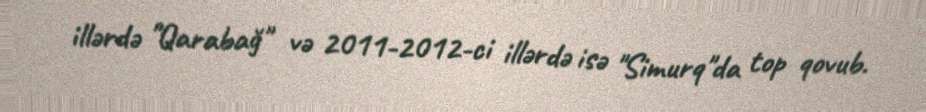
illərdə "Qarabağ" və 2011-2012-ci illərdə isə "Simurq"da top qovub.